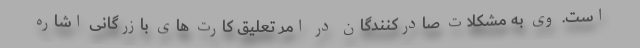
است. وی به مشکلات صادرکنندگان در امر تعلیق کارت های بازرگانی اشاره